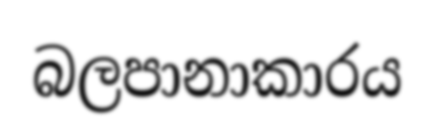
බලපානාකාරය